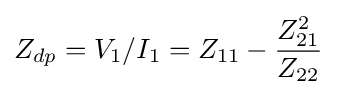
Z_{dp}=V_{1}/I_{1}=Z_{11}-{Z_{21}^{2} \over Z_{22}}